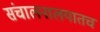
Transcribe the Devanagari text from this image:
संचालनालयातच